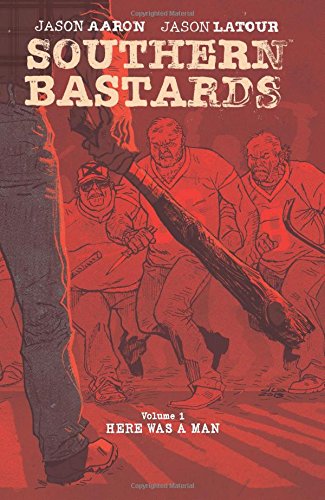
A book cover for Southern Bastards Volume 1: Here Was a Man; Jason Aaron; Comics & Graphic Novels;